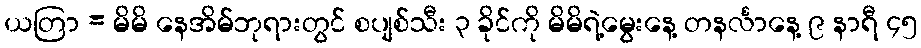
ယတြာ = မိမိ နေအိမ်ဘုရားတွင် စပျစ်သီး ၃ ခိုင်ကို မိမိရဲ့မွေးနေ့ တနင်္လာနေ့ ၉ နာရီ ၄၅